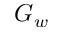
G _ { w }